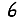
Digit: 6